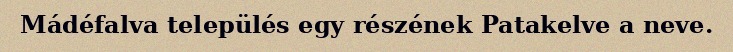
Mádéfalva település egy részének Patakelve a neve.